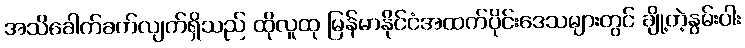
အသိခေါက်ခက်လျက်ရှိသည် ထိုလူထု မြန်မာနိုင်ငံအထက်ပိုင်းဒေသများတွင် ချို့တဲ့နွမ်းပါး